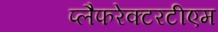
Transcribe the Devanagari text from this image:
प्लैफरेक्टरटीएम